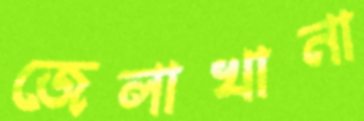
জেলাখানা